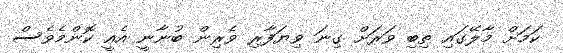
ކަމަށް މާލޭގައި ތިބި ވަރަށް ގިނަ ވިޔަފާރި ވެރިން ބުނާނީ އެއީ ކޮންމެވެސް